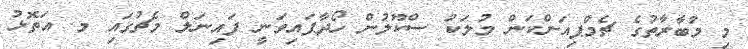
މި މުބާރާތުގެ ޗެމްޕިއަންކަން މުލަކު ސްކޫލުން ހޯދާފައިވަނީ ފައިނަލް މެޗުގައި މ. އަތޮޅު